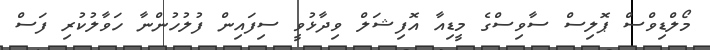
މޯލްޑިވްސް ޕޮލިސް ސާވިސްގެ މީޑިއާ އޮފިޝަލް ވިދާޅުވީ ސިފައިން ފުލުހުންނާ ހަވާލުކުރި ފަސް